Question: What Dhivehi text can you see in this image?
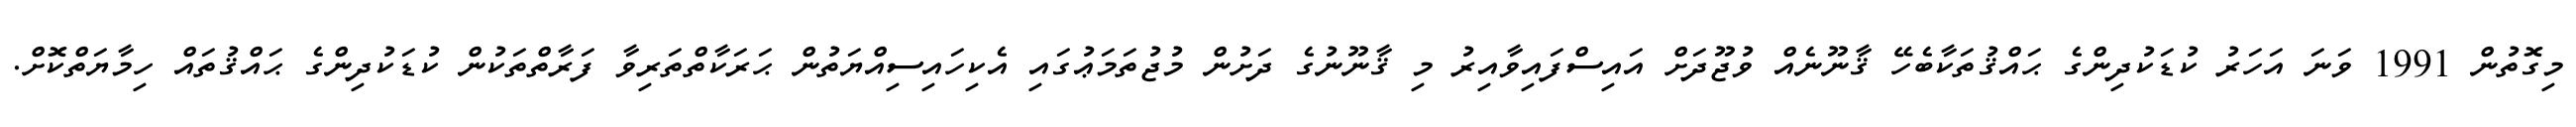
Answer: މިގޮތުން 1991 ވަނަ އަހަރު ކުޑަކުދިންގެ ޙައްޤުތަކާބެހޭ ޤާނޫނެއް ވުޖޫދަށް އައިސްފައިވާއިރު މި ޤާނޫނުގެ ދަށުން މުޖުތަމަޢުގައި އެކިހައިސިއްޔަތުން ޙަރަކާތްތަރިވާ ފަރާތްތަކުން ކުޑަކުދިންގެ ޙައްޤުތައް ހިމާޔަތްކޮށް.